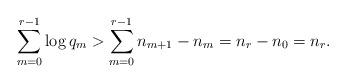
LaTeX: \begin{align*} \sum_{m=0}^{r-1} \log q_m > \sum_{m=0}^{r-1} n_{m+1} - n_m = n_r - n_0 = n_r.\end{align*}